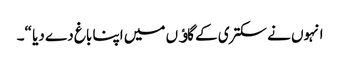
انہوں نے سکتری کے گاﺅں میں اپنا باغ دے دیا “۔